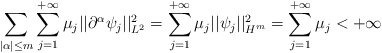
\begin{align*}\sum_{|\alpha|\leq m}\sum_{j=1}^{+\infty}\mu_j||\partial^{\alpha}\psi_j||_{L^2}^2 = \sum_{j=1}^{+\infty} \mu_j ||\psi_j||_{H^m}^2 = \sum_{j=1}^{+\infty} \mu_j < + \infty\end{align*}